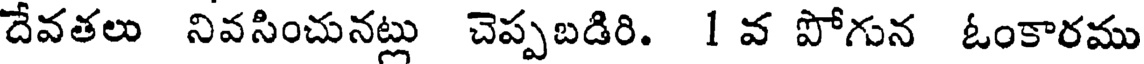
దేవతలు నివసించునట్లు చెప్పబడిరి. 1 వ పోగున ఓంకారము